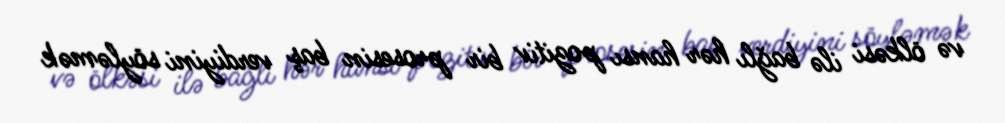
və ölkəsi ilə bağlı hər hansı pozitiv bir prosesin baş verdiyini söyləmək